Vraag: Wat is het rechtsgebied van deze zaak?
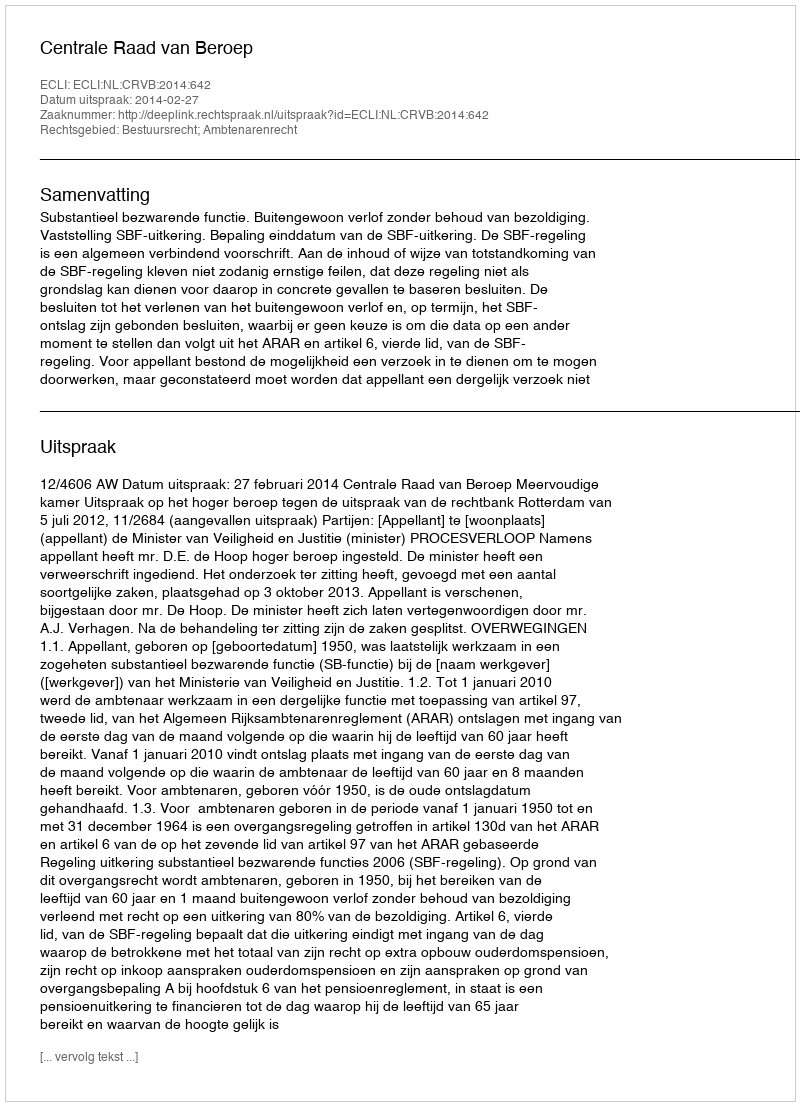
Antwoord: Bestuursrecht; Ambtenarenrecht